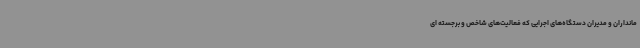
مانداران و مدیران دستگاه‌های اجرایی که فعالیت‌های شاخص و برجسته ای